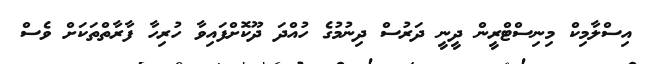
އިސްލާމިކް މިނިސްޓްރީން ދީނީ ދަރުސް ދިނުމުގެ ހުއްދަ ދޫކޮށްފައިވާ ހުރިހާ ފާރާތްތަކަށް ވެސް